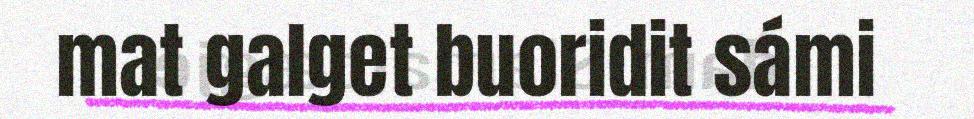
mat galget buoridit sámi